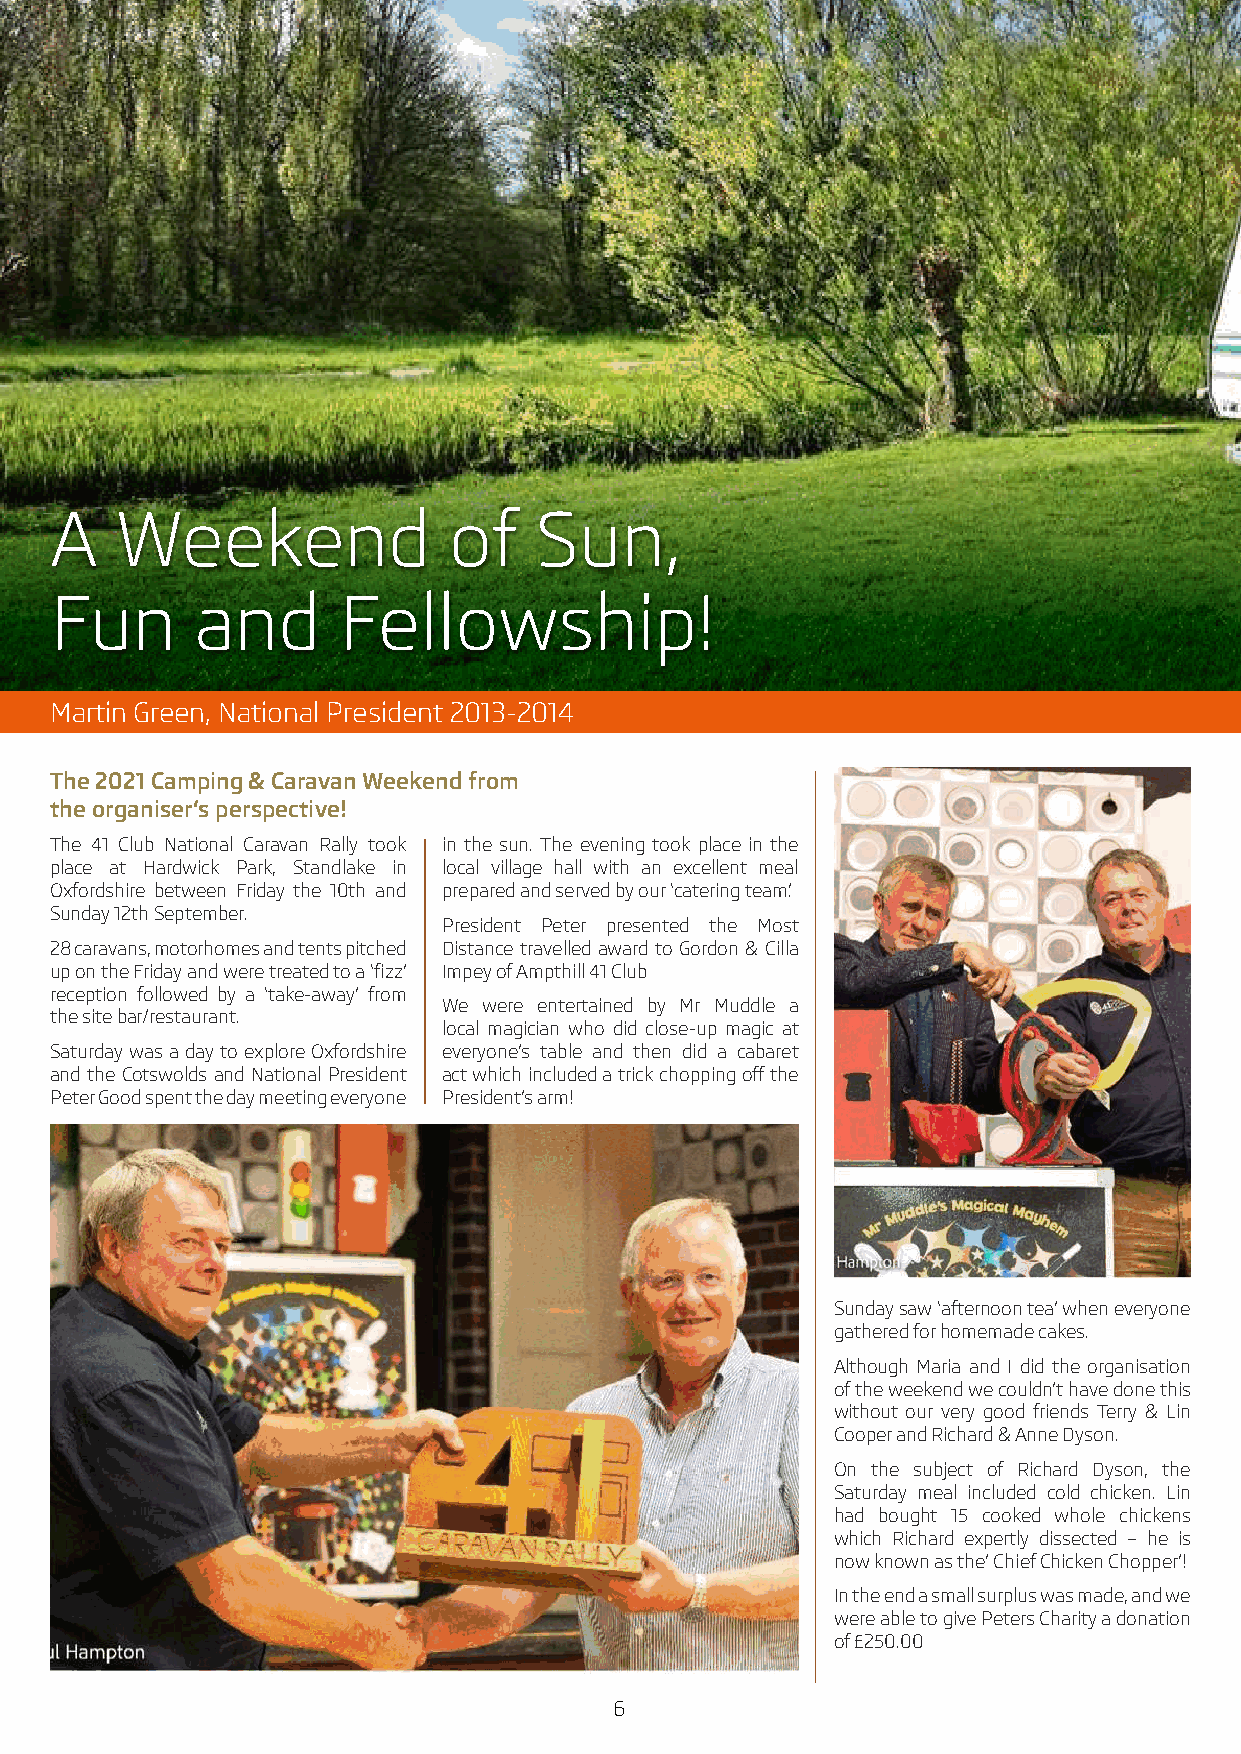
A    Weekend               of   Sun,
 Fun       and      Fellowship!
 Martin Green, National President 2013-2014
 The 2021 Camping & Caravan Weekend from
 the organiser’s perspective!
 The 41 Club National Caravan Rally took in the sun. The evening took place in the
 place at Hardwick Park, Standlake in local village hall with an excellent meal
 Oxfordshire between Friday the 10th and prepared and served by our ‘catering team’.
 Sunday 12th September.
 President Peter presented the Most
 28 caravans, motorhomes and tents pitched Distance travelled award to Gordon & Cilla
 up on the Friday and were treated to a ‘fizz’ Impey of Ampthill 41 Club
 reception followed by a ‘take-away’ from
 We were entertained by Mr Muddle a
 the site bar/restaurant.
 local magician who did close-up magic at
 Saturday was a day to explore Oxfordshire everyone’s table and then did a cabaret
 and the Cotswolds and National President act which included a trick chopping off the
 Peter Good spent the day meeting everyone President’s arm!
 Sunday saw ‘afternoon tea’ when everyone
 gathered for homemade cakes.
 Although Maria and I did the organisation
 of the weekend we couldn’t have done this
 without our very good friends Terry & Lin
 Cooper and Richard & Anne Dyson.
 On the subject of Richard Dyson, the
 Saturday meal included cold chicken. Lin
 had bought 15 cooked whole chickens
 which Richard expertly dissected – he is
 now known as the’ Chief Chicken Chopper’!
 In the end a small surplus was made, and we
 were able to give Peters Charity a donation
 of £250.00
 6